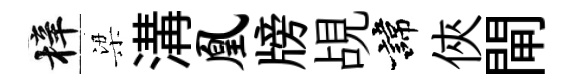
梓梁溝凰牓覘諱俠閘